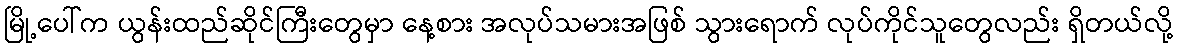
မြို့ပေါ်က ယွန်းထည်ဆိုင်ကြီးတွေမှာ နေ့စား အလုပ်သမားအဖြစ် သွားရောက် လုပ်ကိုင်သူတွေလည်း ရှိတယ်လို့